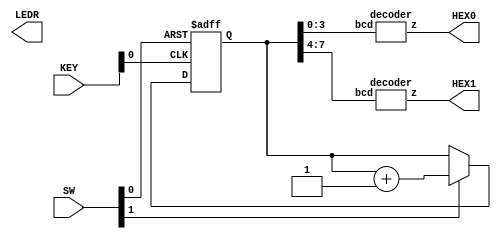
/*module Part1(SW,KEY,HEX0,HEX1,LEDR);
input [1:0] SW;
input [1:0] KEY;
output [6:0] HEX0, HEX1;
output [9:0] LEDR;

wire [3:0] bcd0,bcd1;
wire [7:0] out;
wire [6:0] d0,d1;

upcounter upc1(KEY[0],out,SW[1],SW[0],out);

assign bcd0 = out [3:0];
assign bcd1 = out [7:4];

decoder h0(bcd0,d0);
decoder h1(bcd1,d1);

assign HEX0 = d0;
assign HEX1 = d1;
assign LEDR[3:0] = bcd0;
assign LEDR[7:4] = bcd1;

endmodule
*/


//module Part1(clock,enable,reset,counter);
module Part1(SW,KEY,HEX0,HEX1,LEDR);
input [9:0] SW;
input [1:0] KEY;
output [6:0] HEX0,HEX1;
output [9:0] LEDR;

wire clock,enable,reset;
wire [7:0] bcd;
wire [6:0] d0,d1;

assign clock = KEY[0];
assign enable = SW[1];
assign reset = SW[0];

reg [7:0] counter_up;

always @(posedge clock or posedge reset)
begin
if(reset)
 counter_up <= 8'h0;
else if (enable)
 counter_up <= counter_up + 8'b00000001;
end
 
assign bcd = counter_up;

decoder h0(bcd[3:0],d0);
decoder h1(bcd[7:4],d1);

assign HEX0 = d0;
assign HEX1 = d1;
endmodule


module upcounter(input clk,input [7:0]out,input enable, reset, output[7:0] counter
    );
reg [7:0] counter_up;

// up counter
always @(posedge clk or posedge reset)
begin
if(reset)
 counter_up <= 8'h0;
else if (enable)
 counter_up <= out + 8'h1;
end 
assign counter = counter_up;
endmodule

//module up()

module decoder(bcd,z);
input [3:0] bcd;
output [6:0] z;
reg [6:0] z;

always @*
case (bcd)
4'b0000 :      	//Hexadecimal 0
z = 7'b1000000;
4'b0001 :    		//Hexadecimal 1
z = 7'b1111001;
4'b0010 :  		// Hexadecimal 2
z = 7'b0100100 ; 
4'b0011 : 		// Hexadecimal 3
z = 7'b0110000;
4'b0100 :		// Hexadecimal 4
z = 7'b0011001 ;
4'b0101 :		// Hexadecimal 5
z = 7'b0010010 ;  
4'b0110 :		// Hexadecimal 6
z = 7'b0000010 ;
4'b0111 :		// Hexadecimal 7
z = 7'b1111000;
4'b1000 :     		 //Hexadecimal 8
z = 7'b0000000;
4'b1001 :    		//Hexadecimal 9
z = 7'b0011000 ;
4'b1010 :  		// Hexadecimal A
z = 7'b0001000 ; 
4'b1011 : 		// Hexadecimal B
z = 7'b0000011;
4'b1100 :		// Hexadecimal C
z = 7'b1000110 ;
4'b1101 :		// Hexadecimal D
z = 7'b0100001 ;
4'b1110 :		// Hexadecimal E
z = 7'b0000110 ;
4'b1111 :		// Hexadecimal F
z = 7'b0001110 ;
endcase


endmodule